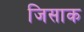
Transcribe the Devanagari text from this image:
जिसाक